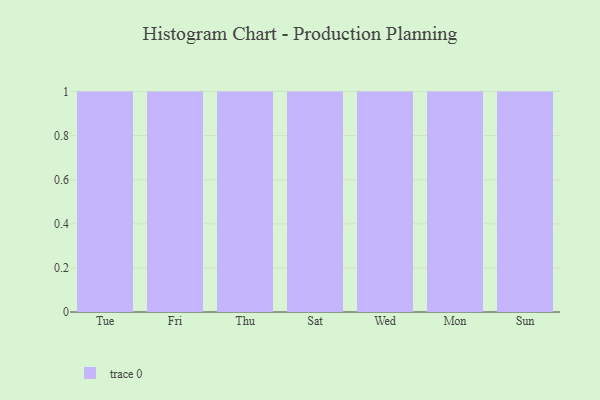
{"axis": {"x": "Day", "y": "Population (Million)"}, "legend": [""], "data": [{"x": "Tue", "y": 35, "type": ""}, {"x": "Fri", "y": 22, "type": ""}, {"x": "Thu", "y": 97, "type": ""}, {"x": "Sat", "y": 28, "type": ""}, {"x": "Wed", "y": 95, "type": ""}, {"x": "Mon", "y": 38, "type": ""}, {"x": "Sun", "y": 15, "type": ""}]}